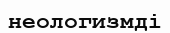
неологизмді